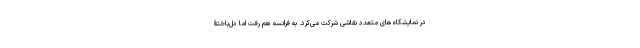
در نمایشگاه‌های متعدد نقاشی شرکت می‌کرد. به فرانسه هم رفت اما دل‌باختۀ